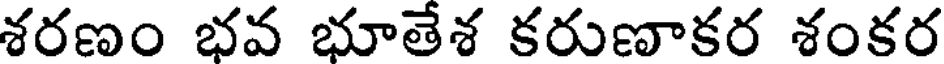
శరణం భవ భూతేశ కరుణాకర శంకర